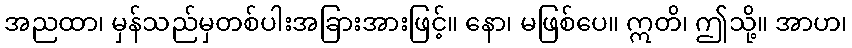
အညထာ၊ မှန်သည်မှတစ်ပါးအခြားအားဖြင့်။ နော၊ မဖြစ်ပေ။ ဣတိ၊ ဤသို့။ အာဟ၊